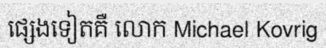
ផ្សេងទៀតគឺ លោក Michael Kovrig